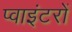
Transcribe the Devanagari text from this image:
प्वाइंटरों